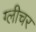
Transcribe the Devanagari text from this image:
ग्लीचर